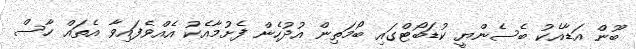
ބޫން އަޑާއެކު ބެސެންޔީ ކުޑަބޯޓްގައި ބޯމަތިން އުދުހެން ފެށުމާއެކު އެއްވެފައިވާ އެތައް ހާސް